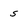
Character: S